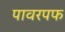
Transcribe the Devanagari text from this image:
पावरपफ